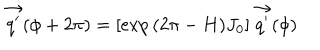
\vec { q ^ { \prime } } ( \phi + 2 \pi ) = [ \exp { ( 2 \pi - H ) J _ { 0 } } ] \, \vec { q ^ { \prime } } ( \phi )